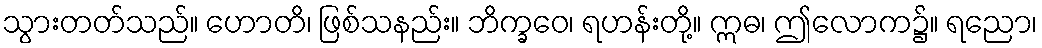
သွားတတ်သည်။ ဟောတိ၊ ဖြစ်သနည်း။ ဘိက္ခဝေ၊ ရဟန်းတို့။ ဣဓ၊ ဤလောက၌။ ရညော၊